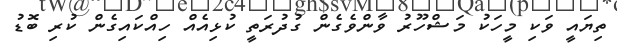
ތިޔައީ ވަކި މީހަކު މަޝްހޫރު ވާންވެގެން ގުދުރަތީ ކުޅިއެއް ހިއްކައިގެން ކުރި ބޮޑު